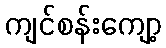
ကျင်စန်းကျော့